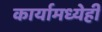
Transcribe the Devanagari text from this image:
कार्यामध्येही